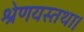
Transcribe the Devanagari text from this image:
श्रेणयस्तथा।